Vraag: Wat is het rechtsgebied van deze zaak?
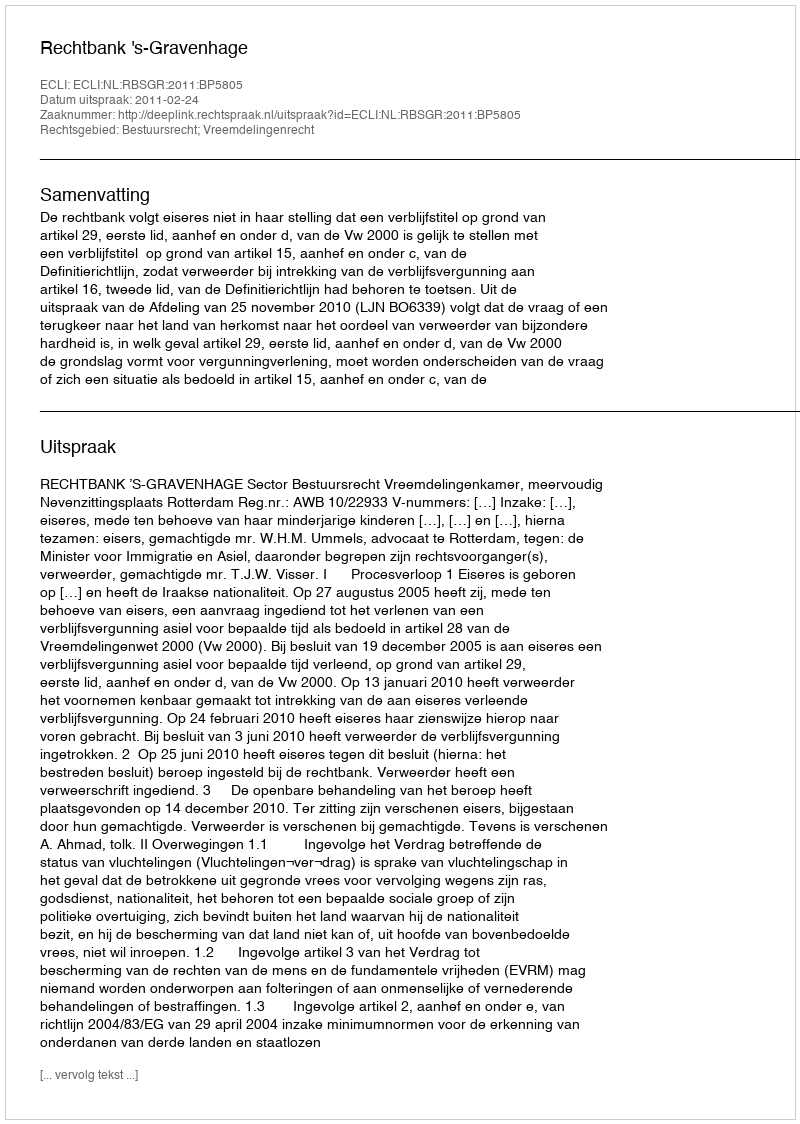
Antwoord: Bestuursrecht; Vreemdelingenrecht